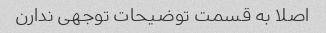
اصلا به قسمت توضیحات توجهی ندارن